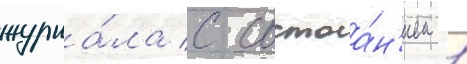
журна́ла с состоа́н'ием 1